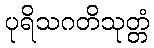
ပုရိသဂတိသုတ္တံ